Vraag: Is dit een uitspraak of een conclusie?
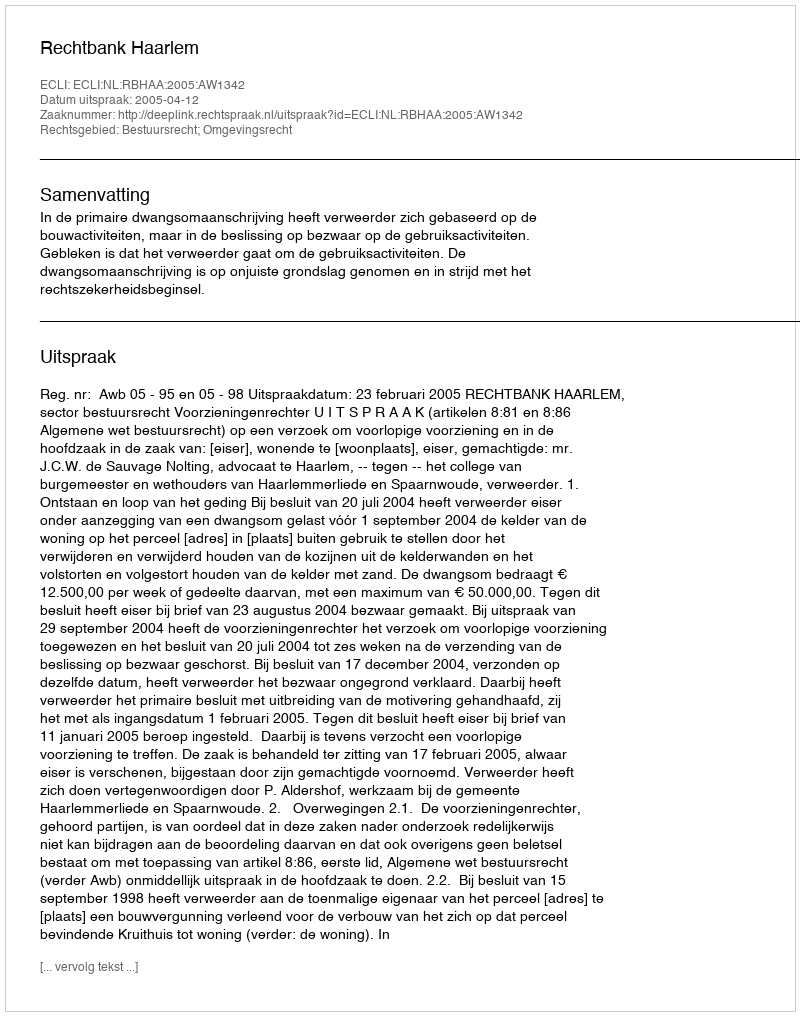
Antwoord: Uitspraak